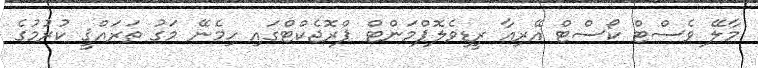
މާލޭ ވެސްޓް ކޯސްޓް އޭރިއާ ރީޑިވެލޮޕްމަންޓް ޕްރޮޖެކްޓްގައި ހިމެނޭ މަގު ތަރައްޤީ ކުރުމުގެ